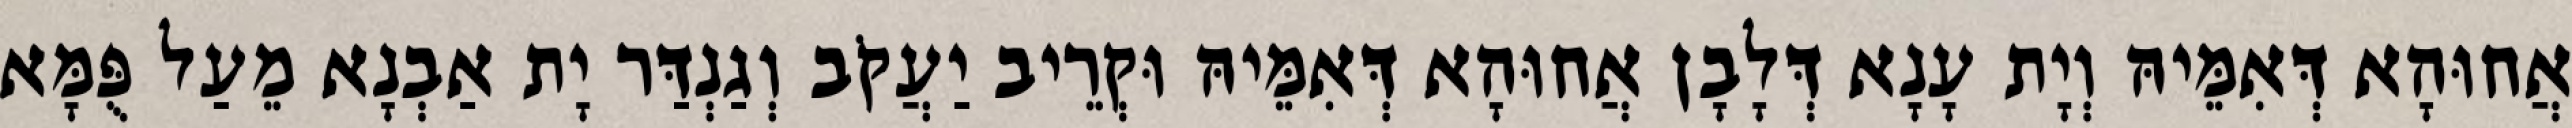
אֲחוּהָא דְּאִמֵּיהּ וְיָת עָנָא דְּלָבָן אֲחוּהָא דְּאִמֵּיהּ וּקְרֵיב יַעֲקֹב וְגַנְדַּר יָת אַבְנָא מֵעַל פֻּמָּא